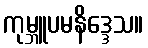
ကုမ္ဘူပမနိဒ္ဒေသ။